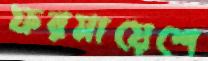
ফরমায়েশে